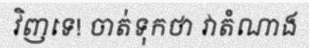
វិញទេ! ចាត់ទុកថា វាតំណាង